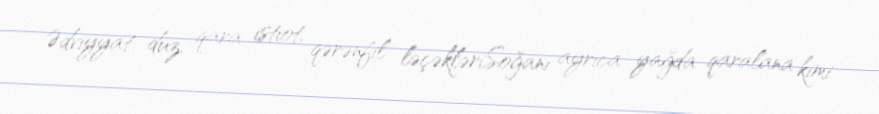
Ədviyyat: duz, qara istiot, qərənfil ləçəkləriSoğanı ayrıca yağda qaralana kimi